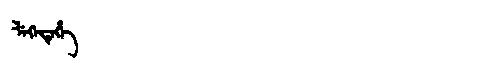
Manchu: ᠯᡝᡴᡝᡩᡝᡥᡝ
Romanization: LEKEDEHE